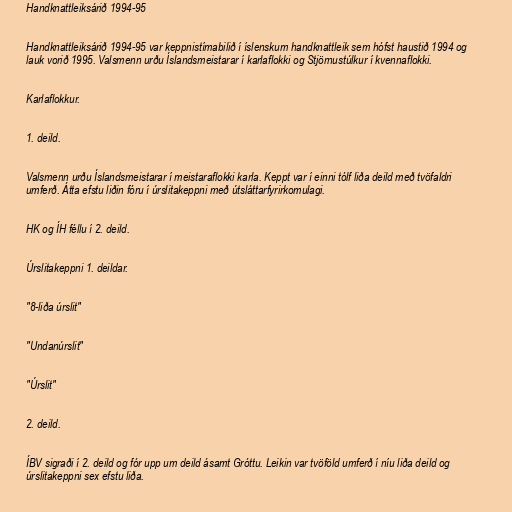
Handknattleiksárið 1994-95

Handknattleiksárið 1994-95 var keppnistímabilið í íslenskum handknattleik sem hófst haustið 1994 og
lauk vorið 1995. Valsmenn urðu Íslandsmeistarar í karlaflokki og Stjörnustúlkur í kvennaflokki.

Karlaflokkur.

1. deild.

Valsmenn urðu Íslandsmeistarar í meistaraflokki karla. Keppt var í einni tólf liða deild með tvöfaldri
umferð. Átta efstu liðin fóru í úrslitakeppni með útsláttarfyrirkomulagi.

HK og ÍH féllu í 2. deild.

Úrslitakeppni 1. deildar.

"8-liða úrslit"

"Undanúrslit"

"Úrslit"

2. deild.

ÍBV sigraði í 2. deild og fór upp um deild ásamt Gróttu. Leikin var tvöföld umferð í níu liða deild og
úrslitakeppni sex efstu liða.